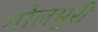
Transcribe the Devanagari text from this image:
गोलमुरी